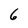
Character: 6